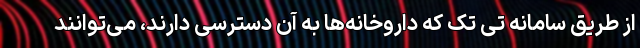
از طریق سامانه تی تک که داروخانه‌ها به آن دسترسی دارند، می‌توانند